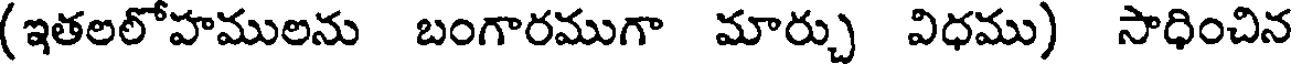
(ఇతలలోహములను బంగారముగా మార్చు విధము) సాధించిన